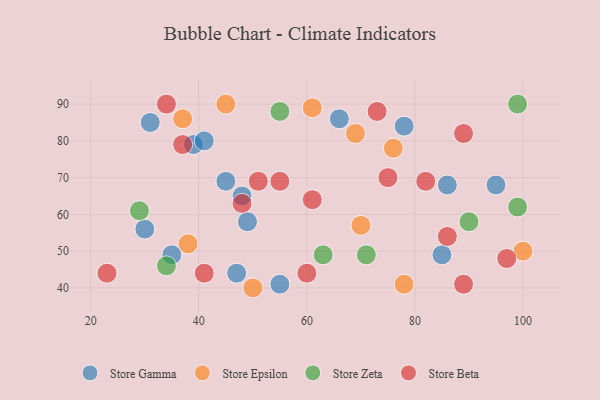
{"axis": {"x": "GDP", "y": "Life Expectancy"}, "legend": ["Store Beta", "Store Epsilon", "Store Gamma", "Store Zeta"], "data": [{"x": "31", "y": 85, "type": "Store Gamma"}, {"x": "47", "y": 44, "type": "Store Gamma"}, {"x": "39", "y": 79, "type": "Store Gamma"}, {"x": "95", "y": 68, "type": "Store Gamma"}, {"x": "48", "y": 65, "type": "Store Gamma"}, {"x": "41", "y": 80, "type": "Store Gamma"}, {"x": "45", "y": 69, "type": "Store Gamma"}, {"x": "86", "y": 68, "type": "Store Gamma"}, {"x": "35", "y": 49, "type": "Store Gamma"}, {"x": "30", "y": 56, "type": "Store Gamma"}, {"x": "78", "y": 84, "type": "Store Gamma"}, {"x": "55", "y": 41, "type": "Store Gamma"}, {"x": "66", "y": 86, "type": "Store Gamma"}, {"x": "49", "y": 58, "type": "Store Gamma"}, {"x": "85", "y": 49, "type": "Store Gamma"}, {"x": "70", "y": 57, "type": "Store Epsilon"}, {"x": "61", "y": 89, "type": "Store Epsilon"}, {"x": "50", "y": 40, "type": "Store Epsilon"}, {"x": "78", "y": 41, "type": "Store Epsilon"}, {"x": "69", "y": 82, "type": "Store Epsilon"}, {"x": "76", "y": 78, "type": "Store Epsilon"}, {"x": "37", "y": 86, "type": "Store Epsilon"}, {"x": "38", "y": 52, "type": "Store Epsilon"}, {"x": "100", "y": 50, "type": "Store Epsilon"}, {"x": "45", "y": 90, "type": "Store Epsilon"}, {"x": "29", "y": 61, "type": "Store Zeta"}, {"x": "71", "y": 49, "type": "Store Zeta"}, {"x": "90", "y": 58, "type": "Store Zeta"}, {"x": "99", "y": 62, "type": "Store Zeta"}, {"x": "55", "y": 88, "type": "Store Zeta"}, {"x": "99", "y": 90, "type": "Store Zeta"}, {"x": "63", "y": 49, "type": "Store Zeta"}, {"x": "34", "y": 46, "type": "Store Zeta"}, {"x": "55", "y": 69, "type": "Store Beta"}, {"x": "86", "y": 54, "type": "Store Beta"}, {"x": "61", "y": 64, "type": "Store Beta"}, {"x": "75", "y": 70, "type": "Store Beta"}, {"x": "48", "y": 63, "type": "Store Beta"}, {"x": "89", "y": 82, "type": "Store Beta"}, {"x": "97", "y": 48, "type": "Store Beta"}, {"x": "60", "y": 44, "type": "Store Beta"}, {"x": "41", "y": 44, "type": "Store Beta"}, {"x": "34", "y": 90, "type": "Store Beta"}, {"x": "37", "y": 79, "type": "Store Beta"}, {"x": "82", "y": 69, "type": "Store Beta"}, {"x": "89", "y": 41, "type": "Store Beta"}, {"x": "73", "y": 88, "type": "Store Beta"}, {"x": "51", "y": 69, "type": "Store Beta"}, {"x": "23", "y": 44, "type": "Store Beta"}]}